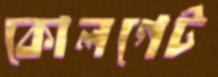
কোলগেট